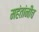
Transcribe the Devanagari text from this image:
महंतांनीच